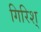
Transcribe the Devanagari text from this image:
गिरिश्